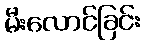
မီးလောင်ခြင်း